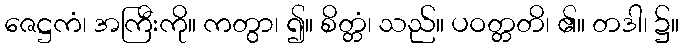
ဇေဋ္ဌကံ၊ အကြီးကို။ ကတွာ၊ ၍။ စိတ္တံ၊ သည်။ ပဝတ္တတိ၊ ၏။ တဒါ၊ ၌။